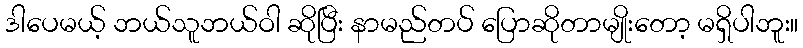
ဒါပေမယ့် ဘယ်သူဘယ်ဝါ ဆိုပြီး နာမည်တပ် ပြောဆိုတာမျိုးတော့ မရှိပါဘူး။